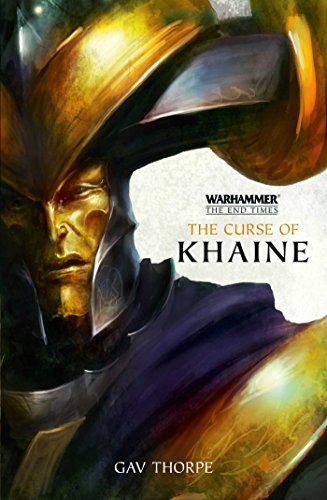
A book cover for The Curse of Khaine (The End Times); Gav Thorpe; Science Fiction & Fantasy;